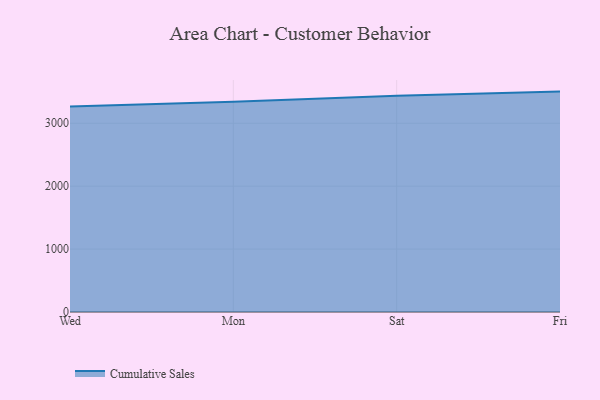
{"axis": {"x": "Day", "y": "Shipments"}, "legend": ["Cumulative Sales"], "data": [{"x": "Wed", "y": 3267.8, "type": "Cumulative Sales"}, {"x": "Mon", "y": 3341.6, "type": "Cumulative Sales"}, {"x": "Sat", "y": 3438.2, "type": "Cumulative Sales"}, {"x": "Fri", "y": 3503.4, "type": "Cumulative Sales"}]}